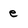
Character: e